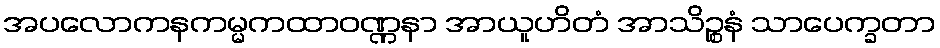
အပလောကနကမ္မကထာဝဏ္ဏနာ အာယူဟိတံ အာသိဉ္စနံ သာပေက္ခတာ